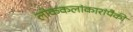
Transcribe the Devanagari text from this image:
लोककलांकारांपैकी